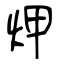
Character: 炠